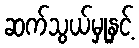
ဆက်သွယ်မှုနှင့်